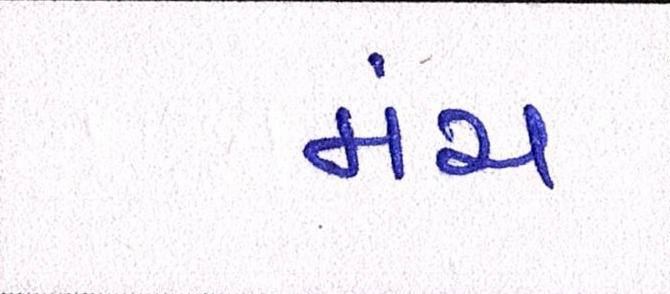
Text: મંચ